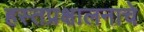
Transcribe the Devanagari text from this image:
हस्तप्रक्षालनाचे